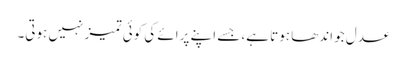
عدل جو اندھا ہوتا ہے، جسے اپنے پرائے کی کوئی تمیز نہیں ہوتی۔